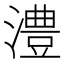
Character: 澧